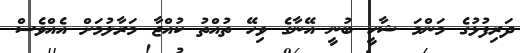
ދަރިފުޅުގެ މަންމަ ޝާހީ ބުނީ އޭނާގެ ވިހޭ ތުއްތު ކުއްޖާ މަރާލުމަށް އެއްވެސް